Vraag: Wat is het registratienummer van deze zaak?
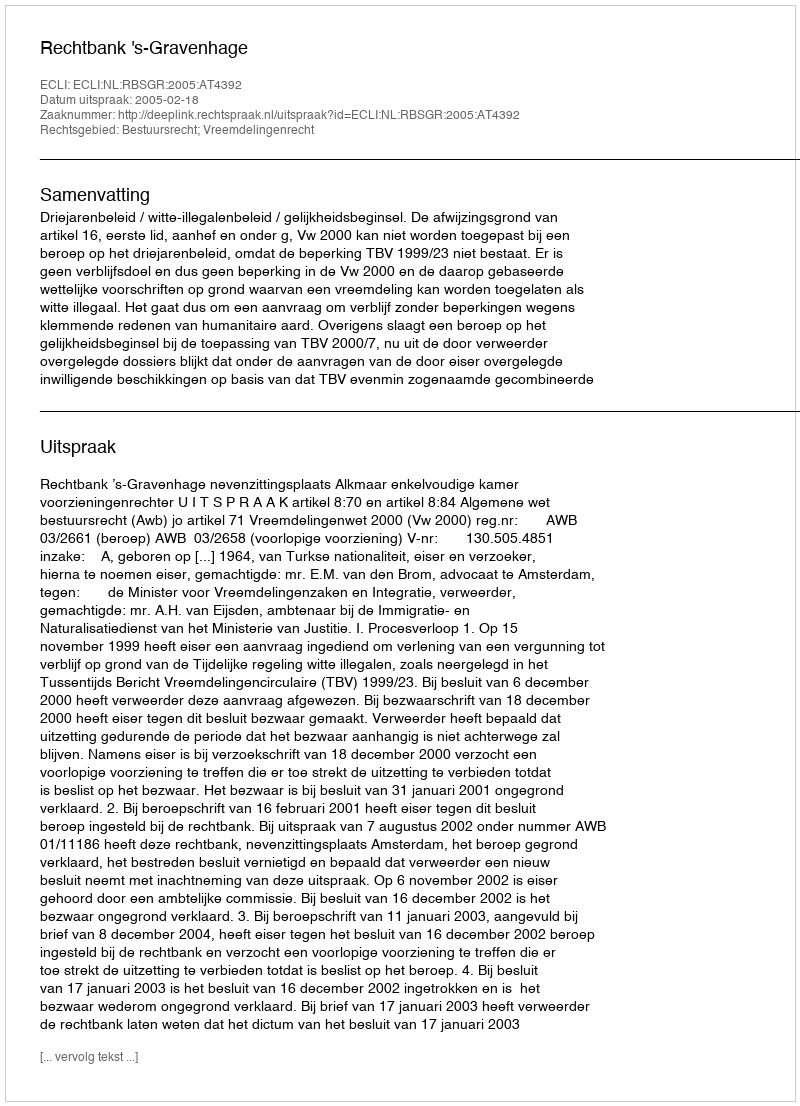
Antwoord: http://deeplink.rechtspraak.nl/uitspraak?id=ECLI:NL:RBSGR:2005:AT4392